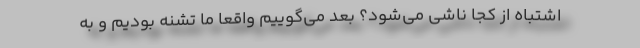
اشتباه از کجا ناشی می‌شود؟ بعد می‌گوییم واقعاً ما تشنه بودیم و به